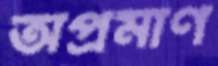
অপ্রমাণ